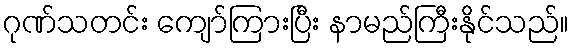
ဂုဏ်သတင်း ကျော်ကြားပြီး နာမည်ကြီးနိုင်သည်။